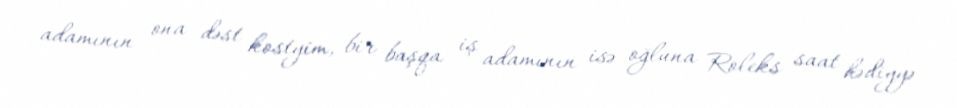
adamının ona dəst kostyim, bir başqa iş adamının isə oğluna Roleks saat hədiyyə